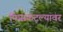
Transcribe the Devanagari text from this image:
फिसकटल्यावर